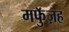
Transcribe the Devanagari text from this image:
मफुॅज़ह